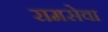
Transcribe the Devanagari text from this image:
रामसेवा